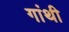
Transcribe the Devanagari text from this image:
गांथी